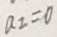
a _ { 2 } = 0